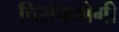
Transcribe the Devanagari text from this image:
चिरोपयोगी